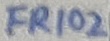
Text: FR102